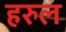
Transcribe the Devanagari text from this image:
हरुल